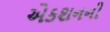
એકશનની